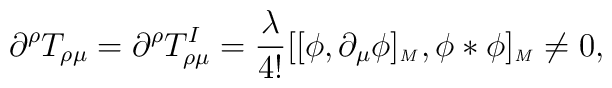
\partial^\rho T_{\rho\mu}= \partial^\rho T^I_{\rho\mu}= {\lambda\over4!}[[\phi,\partial_\mu\phi]_\textrm{\tiny{\emph{M}}}, \phi*\phi]_\textrm{\tiny{\emph{M}}} \neq0,